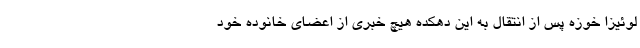
لوئیزا خوزه پس از انتقال به این دهکده هیچ خبری از اعضای خانوده خود